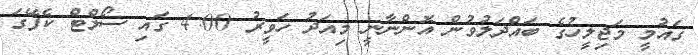
ގައުމީ މަޖިލީހުގެ ބައްދަލުވުން އޮންނާނީ މިއަދު ހަވީރު 4:00 ގައި ސޯލްޓް ކެފޭގަ